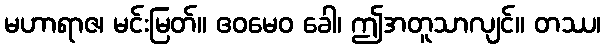
မဟာရာဇ၊ မင်းမြတ်။ ဧဝမေဝ ခေါ၊ ဤအတူသာလျင်။ တဿ၊